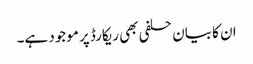
ان کا بیان حلفی بھی ریکارڈ پر موجود ہے۔